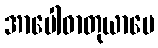
အာပေါဓာတုယာပေ